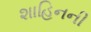
શાહિનની